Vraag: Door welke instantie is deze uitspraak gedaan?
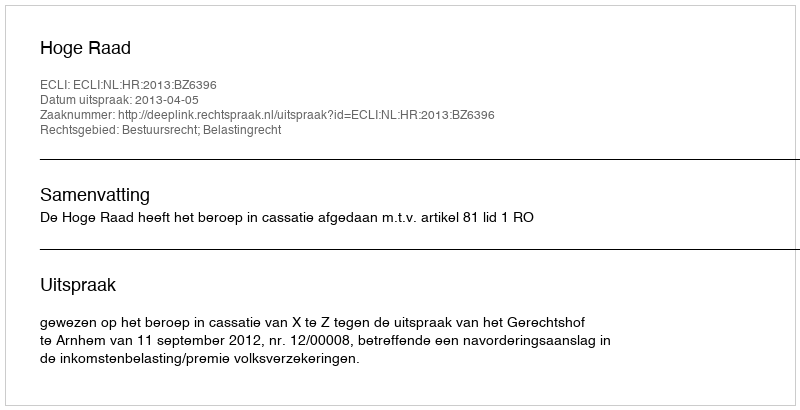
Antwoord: Hoge Raad